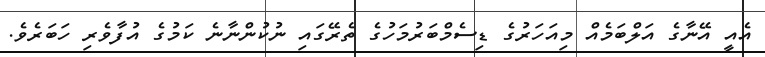
އެއީ އޭނާގެ އަލްބަމެއް މިއަހަރުގެ ޑިސެމްބަރުމަހުގެ ތެރޭގައި ނުކުންނާނެ ކަމުގެ އުފާވެރި ހަބަރެވެ.